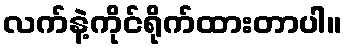
လက်နဲ့ကိုင်ရိုက်ထားတာပါ။